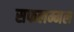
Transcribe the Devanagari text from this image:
सफलम्मल